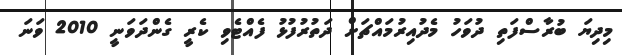
މިދިޔަ ބުރާސްފަތި ދުވަހު މެދުއިރުމައްޗަށް ދަތުރުފުޅު ފެއްޓެވި ކެރީ ގެންދަވަނީ 2010 ވަނަ